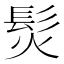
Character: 𩬊